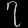
Digit: ၇